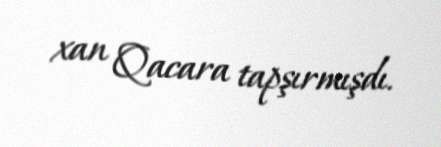
xan Qacara tapşırmışdı.